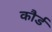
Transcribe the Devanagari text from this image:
कौर्ड